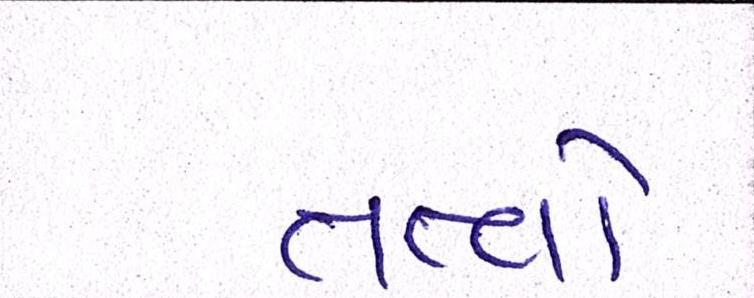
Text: તત્ત્વો